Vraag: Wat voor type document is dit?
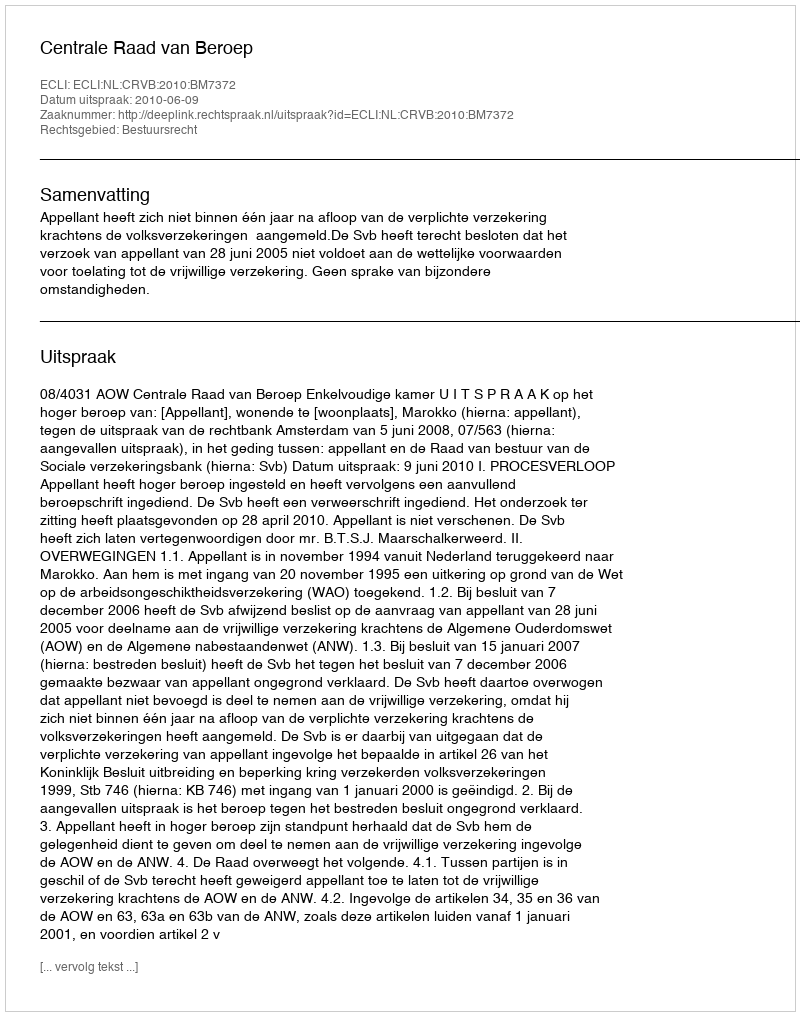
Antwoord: Uitspraak